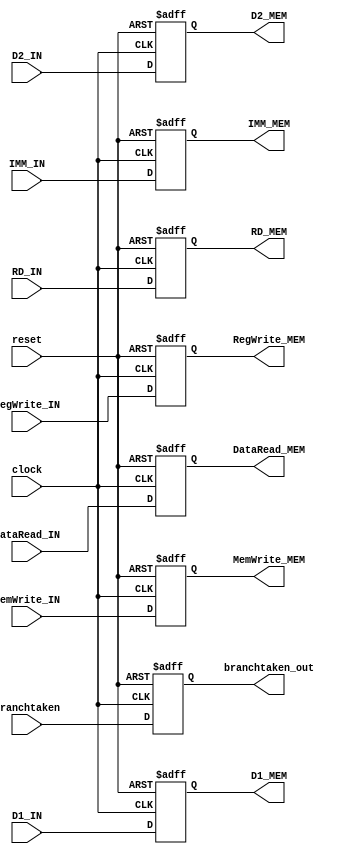
// Connor Noddin
// ECE 473
// ID_EX Block
// 10/07/2023

module EX_MEM(
	input wire clock,
	input wire reset,
	input wire [31:0] D1_IN,
	input wire [31:0] D2_IN,
	input wire [4:0] RD_IN,
	input wire DataRead_IN,
	input wire MemWrite_IN,
	input wire RegWrite_IN,
	input wire [31:0] IMM_IN,
	input wire branchtaken,
	output reg [31:0] D1_MEM,
	output reg [31:0] D2_MEM,
	output reg [4:0] RD_MEM,
	output reg DataRead_MEM,
	output reg MemWrite_MEM,
	output reg RegWrite_MEM,
	output reg [31:0] IMM_MEM,
	output reg branchtaken_out);
	
	// Write data on positive edge or reset
	always @(posedge clock or posedge reset) begin
		if(reset == 1'b1) begin
			D1_MEM <= 32'd0;
			D2_MEM <= 32'd0;
			RD_MEM <= 5'd0;
			DataRead_MEM <= 1'd0;
			MemWrite_MEM <= 1'd0;
			RegWrite_MEM <= 1'd0;
			branchtaken_out <= 1'd0;
			IMM_MEM <= 32'd0;
		end else begin
			D1_MEM <= D1_IN;
			D2_MEM <= D2_IN;
			RD_MEM <= RD_IN;
			DataRead_MEM <= DataRead_IN;
			MemWrite_MEM <= MemWrite_IN;
			RegWrite_MEM <= RegWrite_IN;
			branchtaken_out <= branchtaken;
			IMM_MEM <= IMM_IN;
		end
	end
	
endmodule